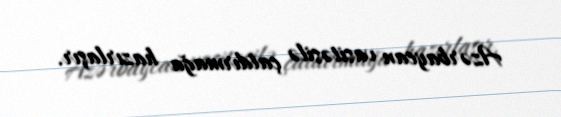
Azərbaycan vasitəsilə çatdırmağa hazırlaşır.